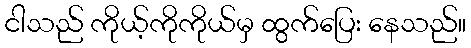
ငါသည် ကိုယ့်ကိုကိုယ်မှ ထွက်ပြေး နေသည်။